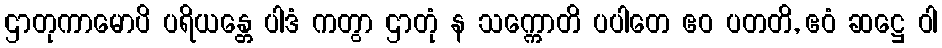
ဌာတုကာမောပိ ပရိယန္တေ ပါဒံ ကတွာ ဌာတုံ န သက္ကောတိ ပပါတေ ဧဝ ပတတိ, ဧဝံ ဆဋ္ဌေ ဝါ